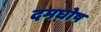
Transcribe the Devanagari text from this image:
दमघोष